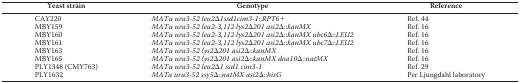
<table><thead><tr><td><b>Yeast strain</b></td><td><b>Genotype</b></td><td><b>Reference</b></td></tr></thead><tbody><tr><td>CAY220</td><td><i>MAT</i>α <i>ura3-52 leu2</i>Δ<i>1ssd1cim3-1</i>::<i>RPT6</i>+</td><td>Ref. 44</td></tr><tr><td>MBY159</td><td><i>MAT</i>α <i>ura3-52 leu2-3,112 lys2</i>Δ<i>201 asi2</i>Δ::<i>kanMX</i></td><td>Ref. 16</td></tr><tr><td>MBY160</td><td><i>MAT</i>α <i>ura3-52 leu2-3,112 lys2</i>Δ<i>201 asi2</i>Δ::<i>kanMX ubc6</i>Δ::<i>LEU2</i></td><td>Ref. 16</td></tr><tr><td>MBY161</td><td><i>MAT</i>α <i>ura3-52 leu2-3,112 lys2</i>Δ<i>201 asi2</i>Δ::<i>kanMX ubc7</i>Δ::<i>LEU2</i></td><td>Ref. 16</td></tr><tr><td>MBY163</td><td><i>MAT</i>α <i>ura3-52 lys2</i>Δ<i>201 asi2</i>Δ::<i>kanMX</i></td><td>Ref. 16</td></tr><tr><td>MBY165</td><td><i>MAT</i>α <i>ura3-52 lys2</i>Δ<i>201 asi2</i>Δ::<i>kanMX doa10</i>Δ::<i>natMX</i></td><td>Ref. 16</td></tr><tr><td>PLY1348 (CMY763)</td><td><i>MAT</i>α <i>ura3-52 leu2</i>Δ<i>1 ssd1 cim3-1</i></td><td>Ref. 29</td></tr><tr><td>PLY1632</td><td><i>MATa ura3-52 ssy5</i>Δ::<i>natMX asi2</i>Δ::<i>hisG</i></td><td>Per Ljungdahl laboratory</td></tr></tbody></table>